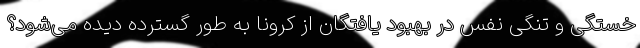
خستگی و تنگی نفس در بهبود یافتگان از کرونا به طور گسترده دیده می‌شود؟